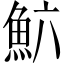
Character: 𲌲